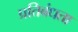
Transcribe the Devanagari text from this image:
प्रतिबंधता